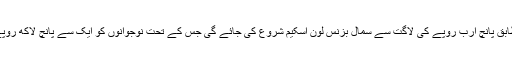
وزیر خزانہ اسحاق ڈار کے مطابق پانچ ارب روپے کی لاگت سے سمال بزنس لون اسکیم شروع کی جائے گی جس کے تحت نوجوانوں کو ایک سے پانچ لاکھ روپے کا قرضہ حسنہ دیا جائے گا۔